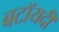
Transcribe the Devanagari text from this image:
बटॉयदी